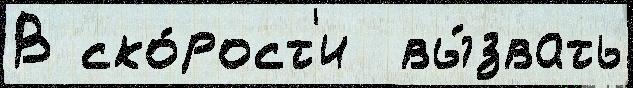
В ско́рост'и  вы́звать